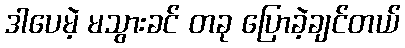
ဒါပေမဲ့ မသွားခင် တခု ပြောခဲ့ချင်တယ်